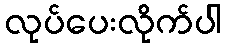
လုပ်ပေးလိုက်ပါ